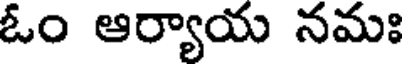
ఓం ఆర్యాయ నమః